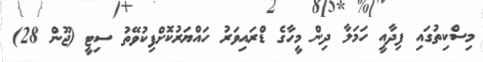
މިސްކިތުގައި ފިދާއީ ހަމަލާ ދިން މީހާގެ ޑްރައިވަރު ހައްޔަރުކޮށްފިކުވޭތު ސިޓީ (ޖޫން 28)